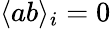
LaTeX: \langle ab\rangle_{i}=0